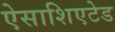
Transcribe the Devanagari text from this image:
ऐसाशिएटेड